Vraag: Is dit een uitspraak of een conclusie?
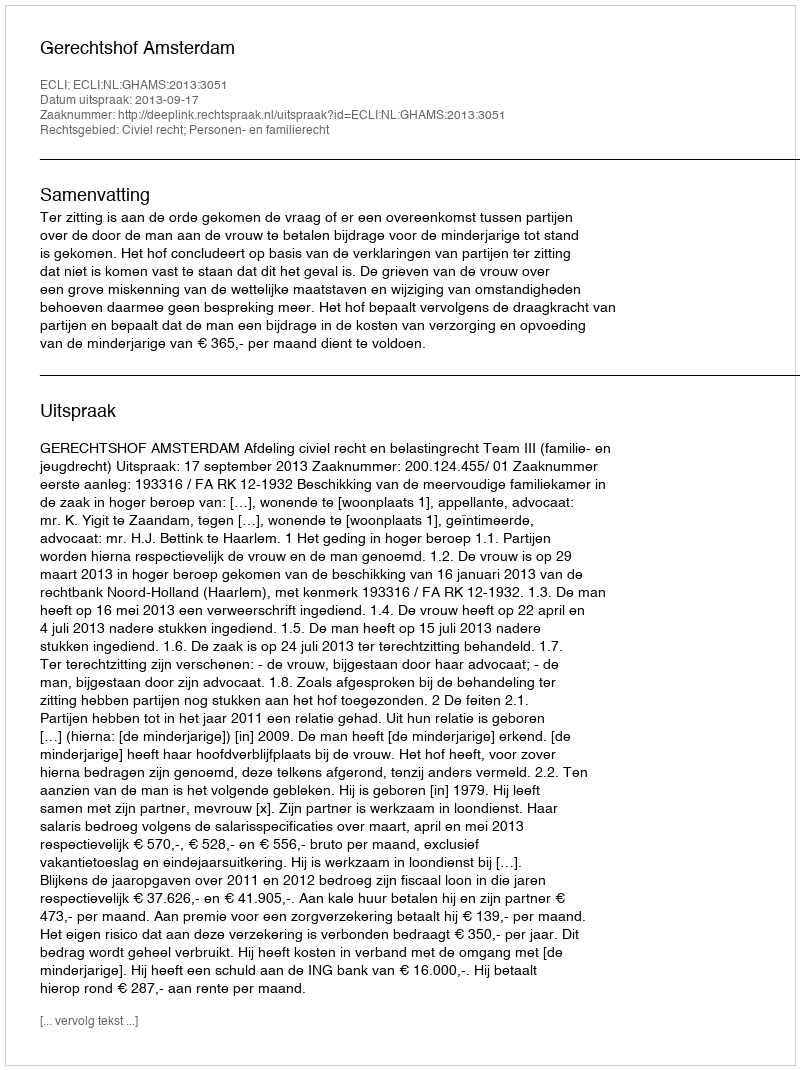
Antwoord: Uitspraak